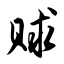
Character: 赇